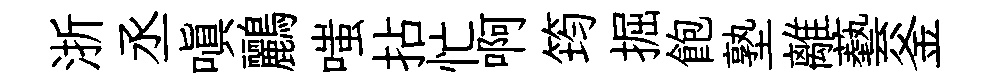
浙丞嗔鸝嗤拈忙啊筠掘飽塾離藝釜